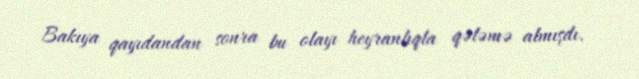
Bakıya qayıdandan sonra bu olayı heyranlıqla qələmə almışdı.